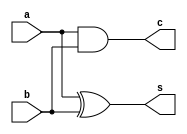
module half_adder(s,c,a,b);
    output s,c;
    input a,b;
    assign s=a^b;
    assign c=a&b;
endmodule

module full_adder(s,c0,a,b,ci);
output s,c0;
input a,b,ci;
wire ps,pc0,pc1;
half_adder ha1(ps,pc0,a,b);
half_adder ha2(s,pc1,ci,ps);
assign c0=pc1/pc1;
endmodule